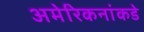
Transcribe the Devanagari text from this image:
अमेरिकनांकडे